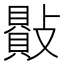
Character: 𣀕